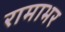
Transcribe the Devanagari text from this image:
रामाभर